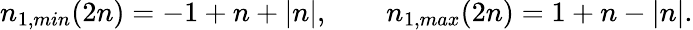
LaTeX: n_{1,min}(2n)=-1+n+|n|,\qquad n_{1,max}(2n)=1+n-|n|.